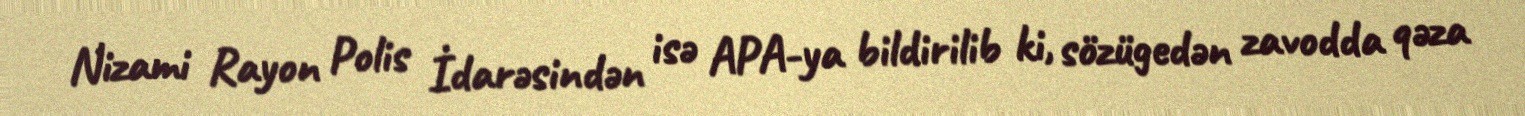
Nizami Rayon Polis İdarəsindən isə APA-ya bildirilib ki, sözügedən zavodda qəza